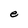
Character: e